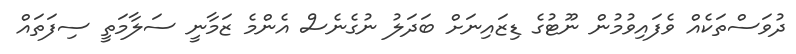
ދުވަސްތަކެއް ވެފައިވުމުން ނޫޓުގެ ޑިޒައިނަށް ބަދަލު ނުގެނެސް އެންމެ ޒަމާނީ ސަލާމަތީ ސިފަތައް